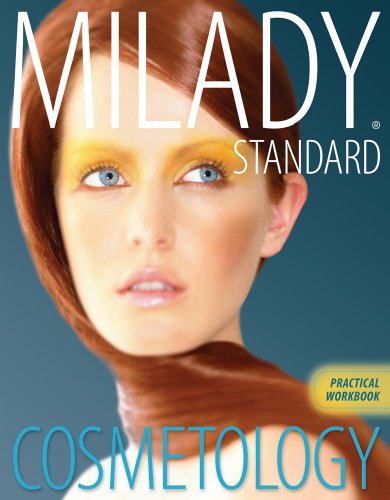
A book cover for Practical Workbook for Milady's Standard Cosmetology; Milady; Business & Money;